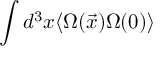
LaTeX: \int d ^ { 3 } x \langle \Omega ( \vec { x } ) \Omega ( 0 ) \rangle